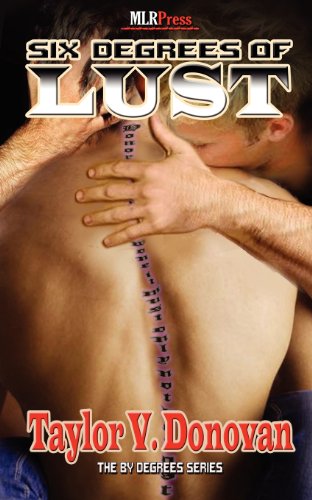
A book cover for Six Degrees of Lust (By Degrees); Taylor V. Donovan; Romance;